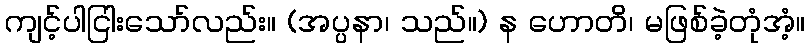
ကျင့်ပါငြါးသော်လည်း။ (အပ္ပနာ၊ သည်။) န ဟောတိ၊ မဖြစ်ခဲ့တုံအံ့။